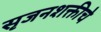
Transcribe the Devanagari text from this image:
सृजनशक्तीचे